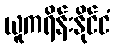
ယူကရိန်းနိုင်ငံ